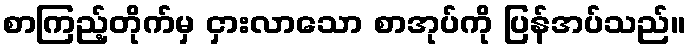
စာကြည့်တိုက်မှ ငှားလာသော စာအုပ်ကို ပြန်အပ်သည်။